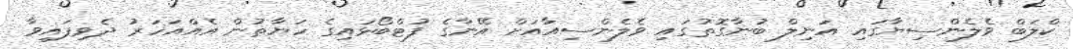
ކްލަބް ވެލެންސިޔާގައި އަނިލް ބުނާގޮތުގައި ވެލެންސިއާއަށް އޭނާގެ ފުޓްބޯޅައިގެ ހަޔާތުން އެއްއަހަރު ދެވިފައިވާ